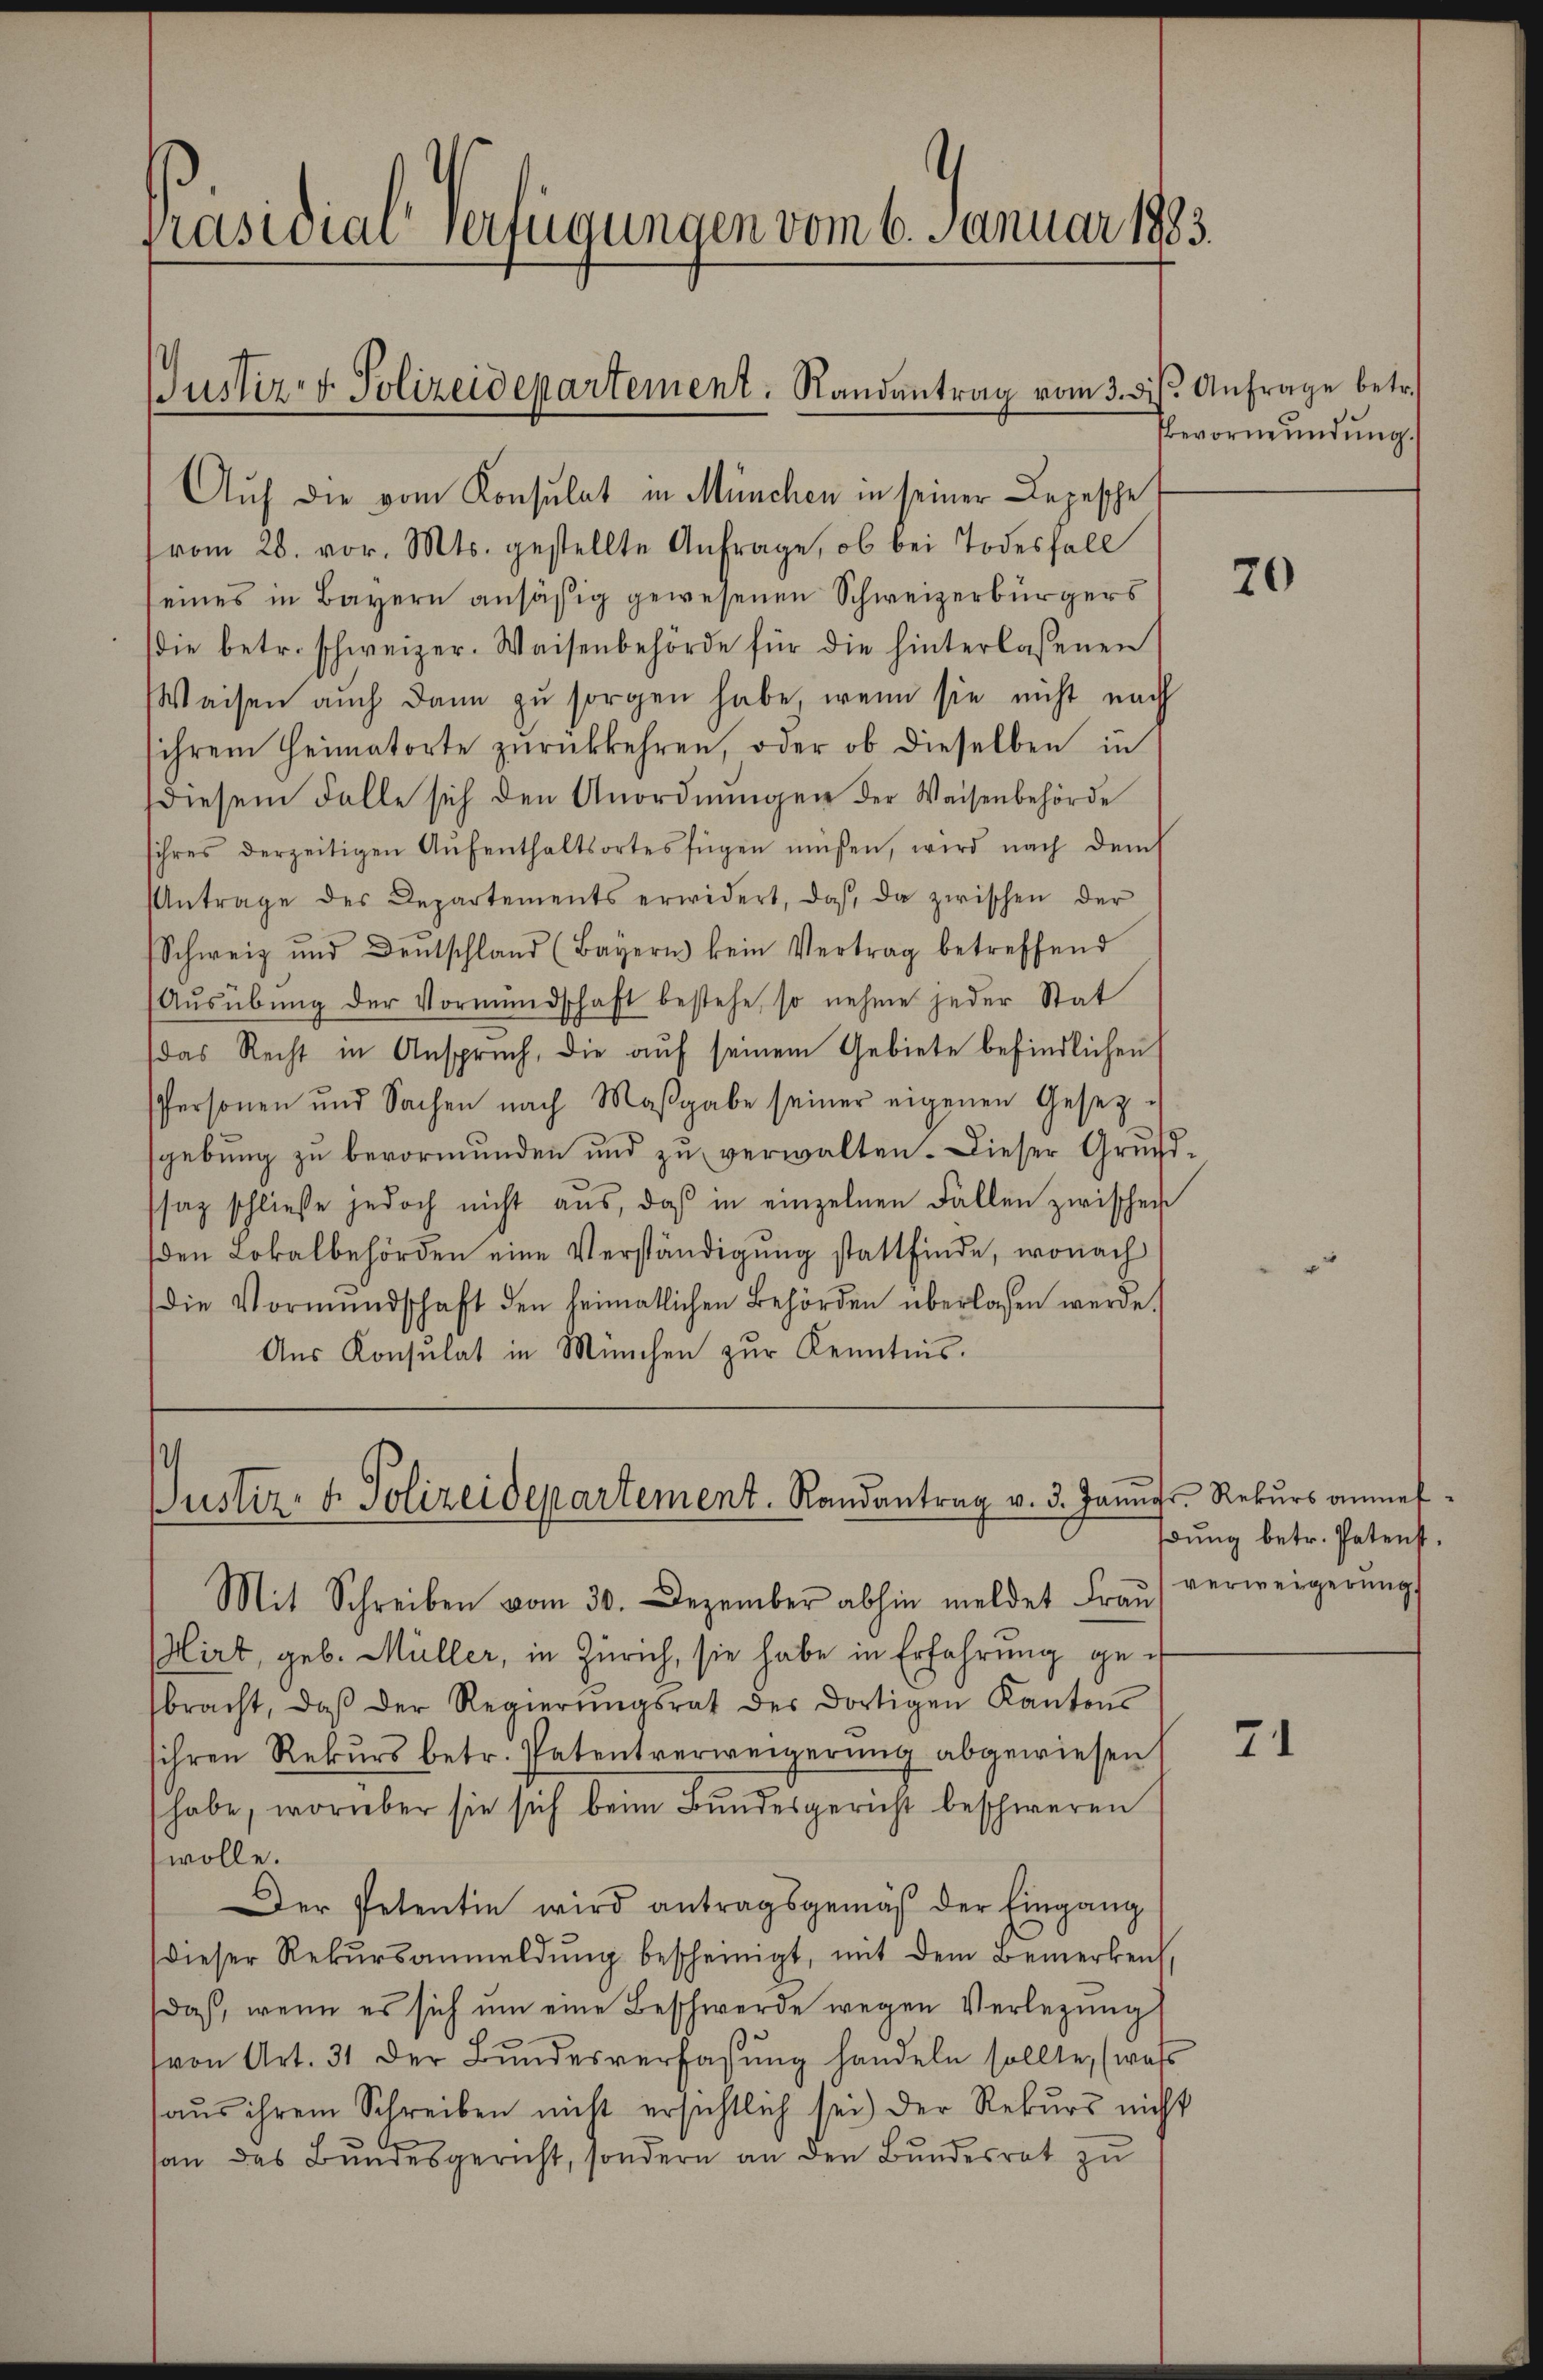
Präsidial-Verfügungen vom 6. Januar 1883.

Justiz- & Polizeidepartement. Randantrag vom 3. dβ. Anfrage betr.

Auf die vom Konsulat in München in seiner Lepesche
vom 28. vor. Mts. gestellte Anfrage, ob bei Todesfall
eines in Bayern ansäßig gewesenen Schweizerbürgers
(die betr. schweizer. Waisenbehörde für die hinterlassenen
Waisen auch dann zŭ sorgen habe, wenn sie nicht nach
sihrem Heimatorte zurückkehren, oder ob dieselben in
diesem Falle sich den Anordnŭngen der Waisenbehörde
sihres derzeitigen Aŭfenthaltsortes fügen müßen, wird nach dem
Antrage des Departements erwidert, daß, da zwischen der
Schweiz und Deutschland (Bayern kein Vertrag betreffend
Aŭsübŭng der Vormundschaft bestehe, so nehme jeder Stat
das Recht in Anspruch, die auf seinem Gebiete befindlichen
Personen und Sachen nach Maβgabe seiner eigenen Gesetz-
gebung zu bevormunden und zu verwalten. Dieser Grundsaz schließe jedoch nicht aus, daβ in einzelnen Fallen zwischen
den Lokalbehörden eine Verständigŭng stattfinde, wonach
(die Vormŭndschaft den heimatlichen Behörden überlassen werde.
Aus Konsulat in München zur Kenntnis.

s
Justiz- & Polizeidepartement. Randantrag v. 3. Janŭgs. Rekurs anmel¬

Mit Schreiben vom 30. Dezember abhin meldet Fraŭ verweigerŭng
Hirt, geb. Müller, in Zürich, sie habe in Erfahrung gebracht, daβ der Regierŭngsrat des dortigen Kantons
sihren Rekurs betr. Patentverweigerung abgewiesen,
habe, worüber sie sich beim Bundesgericht beschweren
wolle.
Der Petentin wird antragsgemäβ der Eingang
dieser Rekŭrsanmeldŭng bescheinigt, mit dem Bemerken,
daß, wenn es sich um eine Beschwerde wegen Verlegung
von Art. 31 der Bŭndesverfassŭng handeln sollte, (wass
aŭs ihrem Schreiben nicht ersichtlich sei der Rekŭrs nicht
san das Bundesgericht, sondern an den Bundesrat zu

Bevormundung.

70

dung betr. Petenst.

71